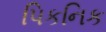
પિકનિક